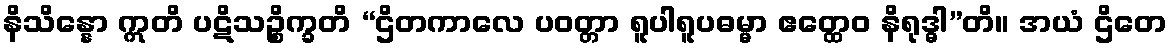
နိသိန္နော ဣတိ ပဋိသဉ္စိက္ခတိ “ဌိတကာလေ ပဝတ္တာ ရူပါရူပဓမ္မာ ဧတ္ထေဝ နိရုဒ္ဓါ”တိ။ အယံ ဌိတေ